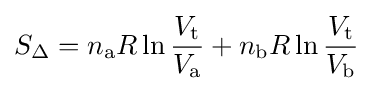
S_{\Delta }=n_{\text{a}}R\ln {\frac {V_{\text{t}}}{V_{\text{a}}}}+n_{\text{b}}R\ln {\frac {V_{\text{t}}}{V_{\text{b}}}}